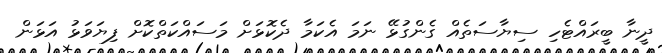
ދީނާ ބީރައްޓެހި ސިޔާސަތެއް ގެންގުޅޭ ނަމަ އެކަމާ ދެކޮޅަށް މަސައްކަތްކޮށް ފިޔަވަޅު އަޅަން